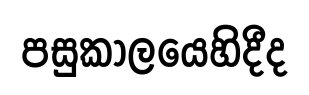
පසුකාලයෙහිදීද